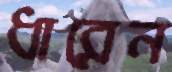
ধারেন